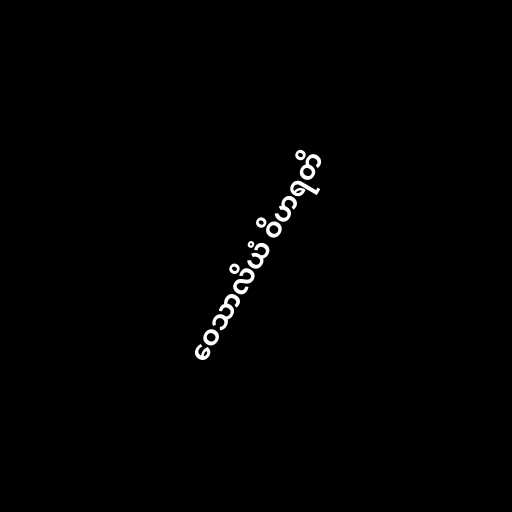
ဝေသာလိယံ ဝိဟရတိ